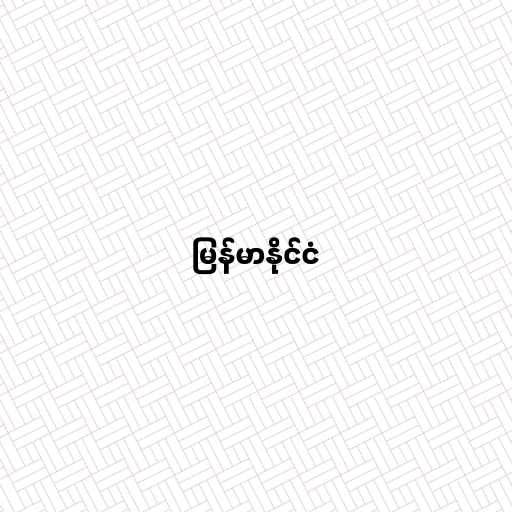
မြန်မာနိုင်ငံ